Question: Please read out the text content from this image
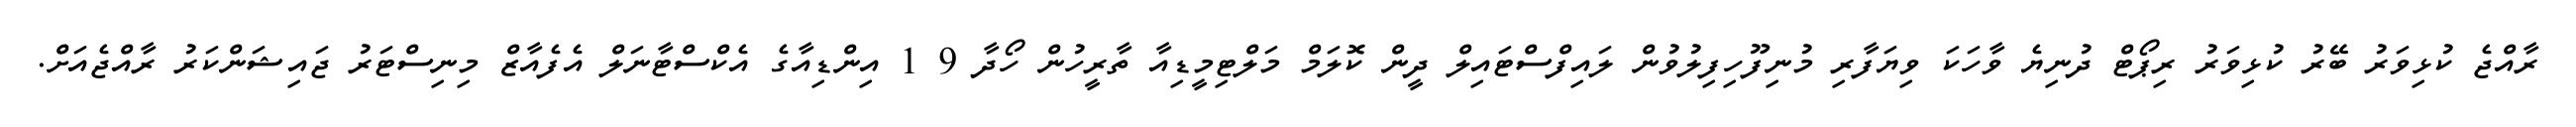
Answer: ރާއްޖެ ކުޅިވަރު ބޭރު ކުޅިވަރު ރިޕޯޓް ދުނިޔެ ވާހަކަ ވިޔަފާރި މުނިފޫހިފިލުވުން ލައިފްސްޓައިލް ދީން ކޮލަމް މަލްޓިމީޑިއާ ތާރީހުން ހޯދާ 9 1 އިންޑިއާގެ އެކްސްޓާނަލް އެފެއާޒް މިނިސްޓަރު ޖައިޝަންކަރު ރާއްޖެއަށް.